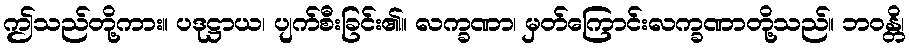
ဤသည်တို့ကား။ ပဒုဋ္ဌာယ၊ ပျက်စီးခြင်း၏။ လက္ခဏာ၊ မှတ်ကြောင်းလက္ခဏာတို့သည်။ ဘဝန္တိ၊